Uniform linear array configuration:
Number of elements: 24
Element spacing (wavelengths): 1
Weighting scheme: kaiser
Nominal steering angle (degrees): -15
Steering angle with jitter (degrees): -13.569
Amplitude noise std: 0.05
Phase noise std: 0.05

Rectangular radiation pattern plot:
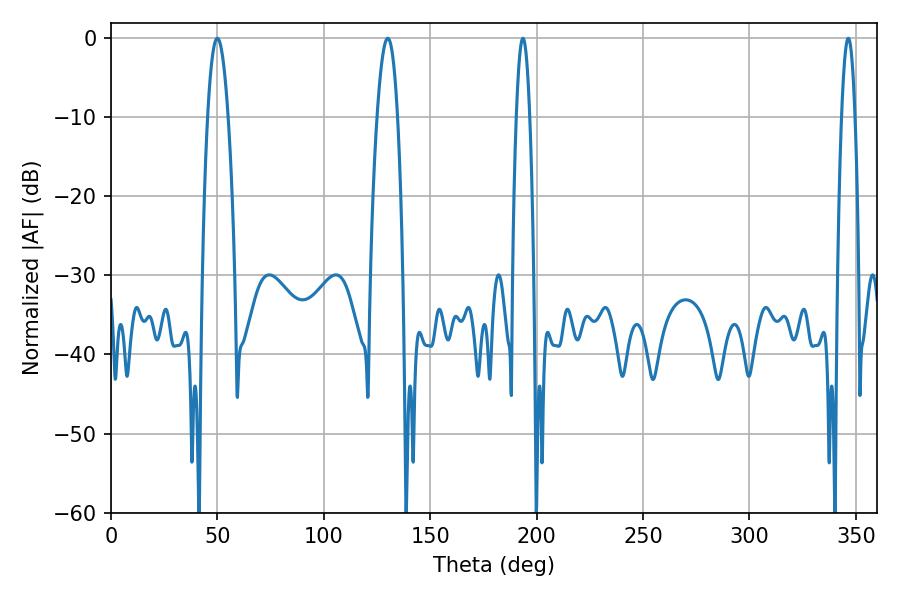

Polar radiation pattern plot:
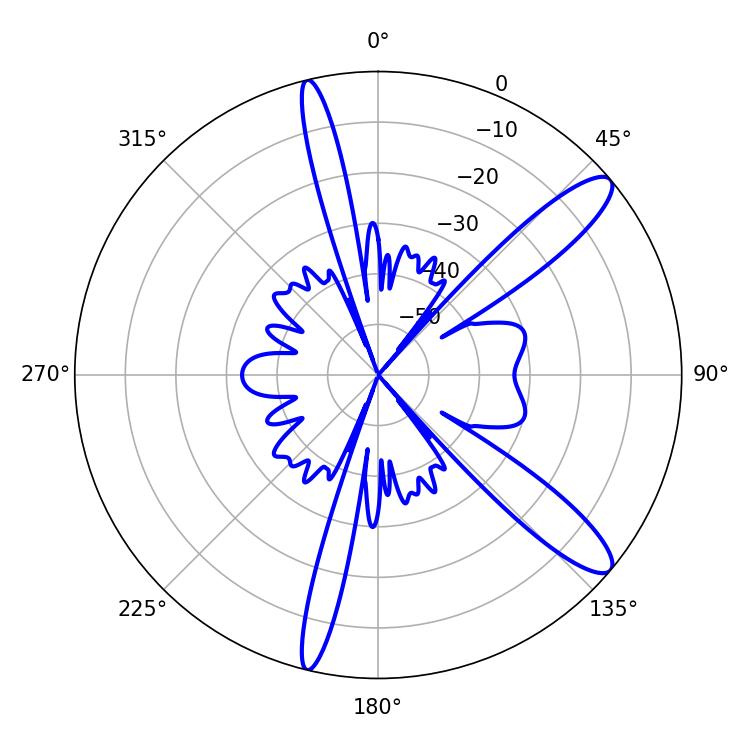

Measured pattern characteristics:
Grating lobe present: TRUE
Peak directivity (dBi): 12.123
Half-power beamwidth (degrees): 5.4
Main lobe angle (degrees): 50.04